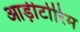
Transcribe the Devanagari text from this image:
आड़ीटोरिम